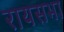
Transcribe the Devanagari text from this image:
रायसभा